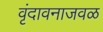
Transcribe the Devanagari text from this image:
वृंदावनाजवळ